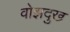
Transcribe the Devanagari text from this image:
वोझदुख